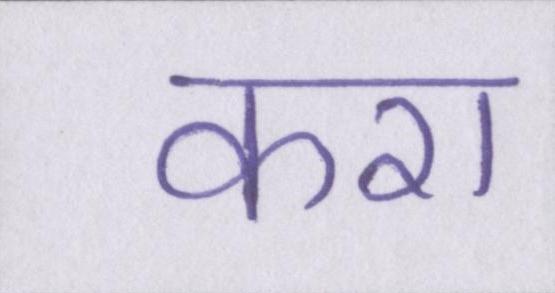
करा